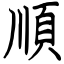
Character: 順